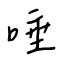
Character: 唾